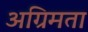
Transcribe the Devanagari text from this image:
अग्रिमता